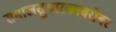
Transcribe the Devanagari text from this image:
समाजसुधारकांबरोबर